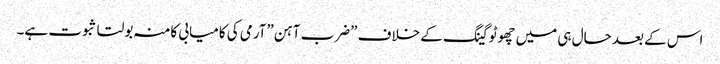
اس کے بعد حال ہی میں چھوٹوگینگ کے خلاف ”ضرب آہن”آرمی کی کامیابی کامنہ بولتا ثبوت ہے۔